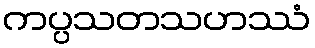
ကပ္ပသတသဟဿံ